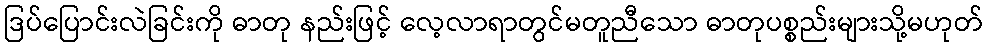
ဒြပ်ပြောင်းလဲခြင်းကို ဓာတု နည်းဖြင့် လေ့လာရာတွင်မတူညီသော ဓာတုပစ္စည်းများသို့မဟုတ်